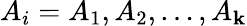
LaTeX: A_{i}=A_{1},A_{2},\ldots,A_{\mathbf{k}}